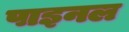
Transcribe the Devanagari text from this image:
पाइनल